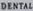
DENTAL